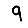
Digit: 9